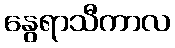
နွေရာသီကာလ